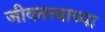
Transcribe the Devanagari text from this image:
जीवतत्त्वाच्या